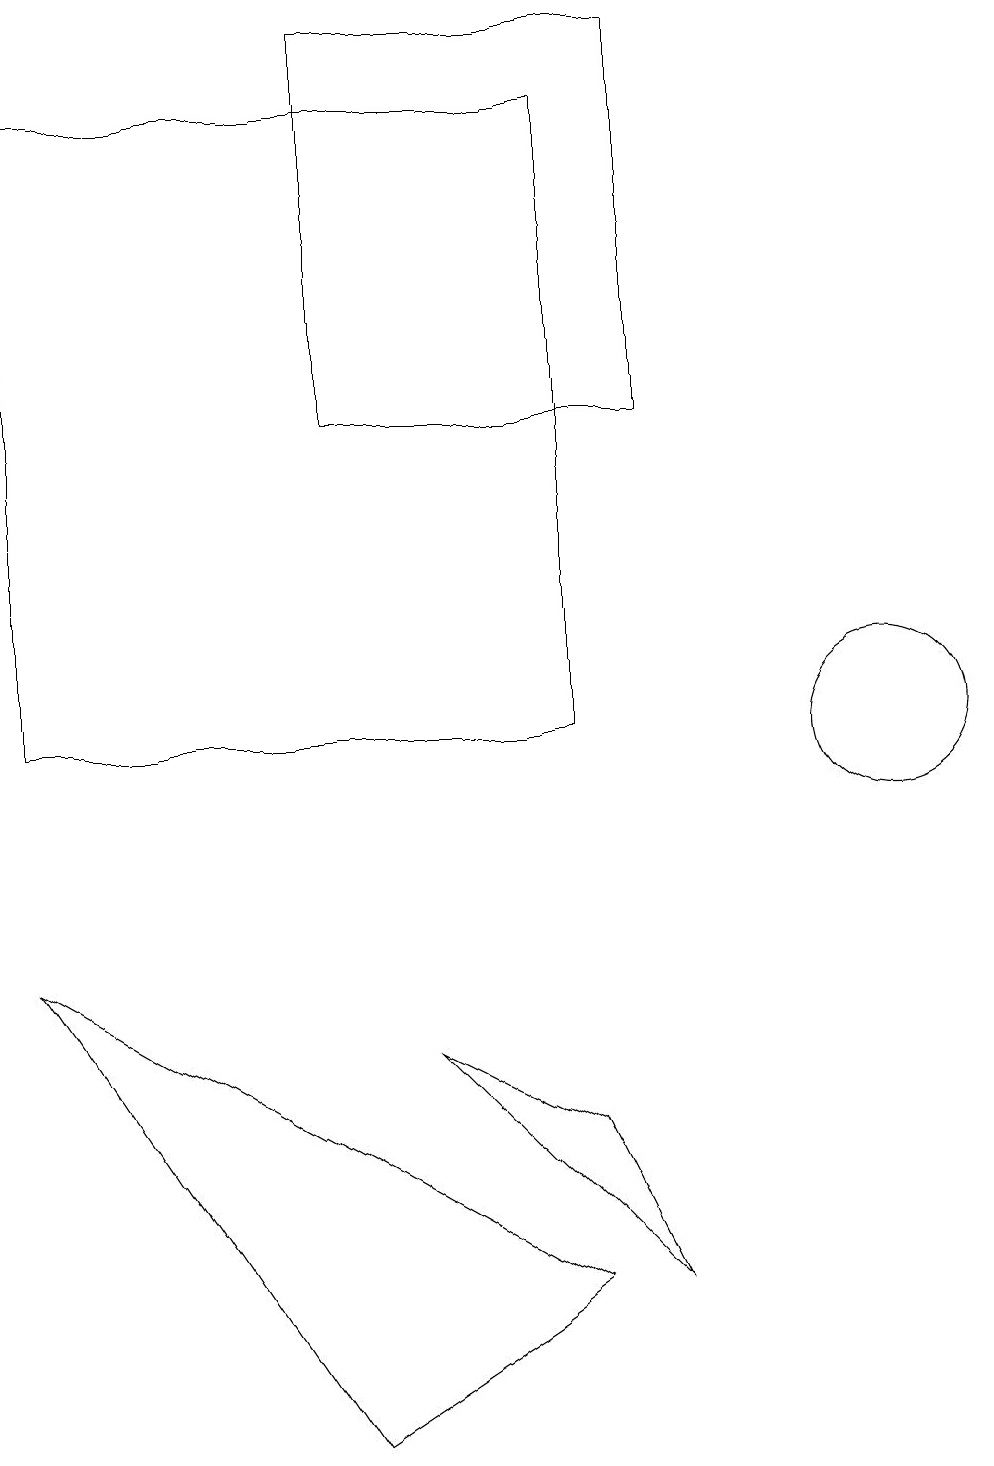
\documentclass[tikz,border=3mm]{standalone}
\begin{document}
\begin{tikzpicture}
\draw (7,18) rectangle (0,10);
\draw (7,5) -- (5,6) -- (8,3) -- cycle;
\draw (8,19) rectangle (4,14);
\draw (11,10) circle (1);
\draw (0,7) -- (4,1) -- (7,3) -- cycle;
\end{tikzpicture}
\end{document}